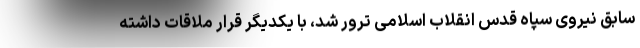
سابق نیروی سپاه قدس انقلاب اسلامی ترور شد، با یکدیگر قرار ملاقات داشته